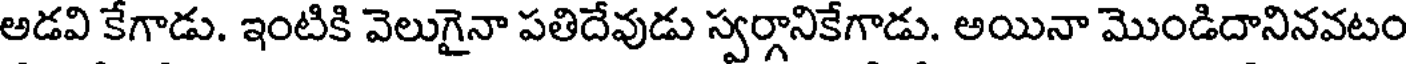
అడవి కేగాడు. ఇంటికి వెలుగైనా పతిదేవుడు స్వర్గానికేగాడు. అయినా మొండిదానినవటం